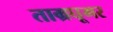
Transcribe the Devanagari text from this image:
ताम्रघूमर